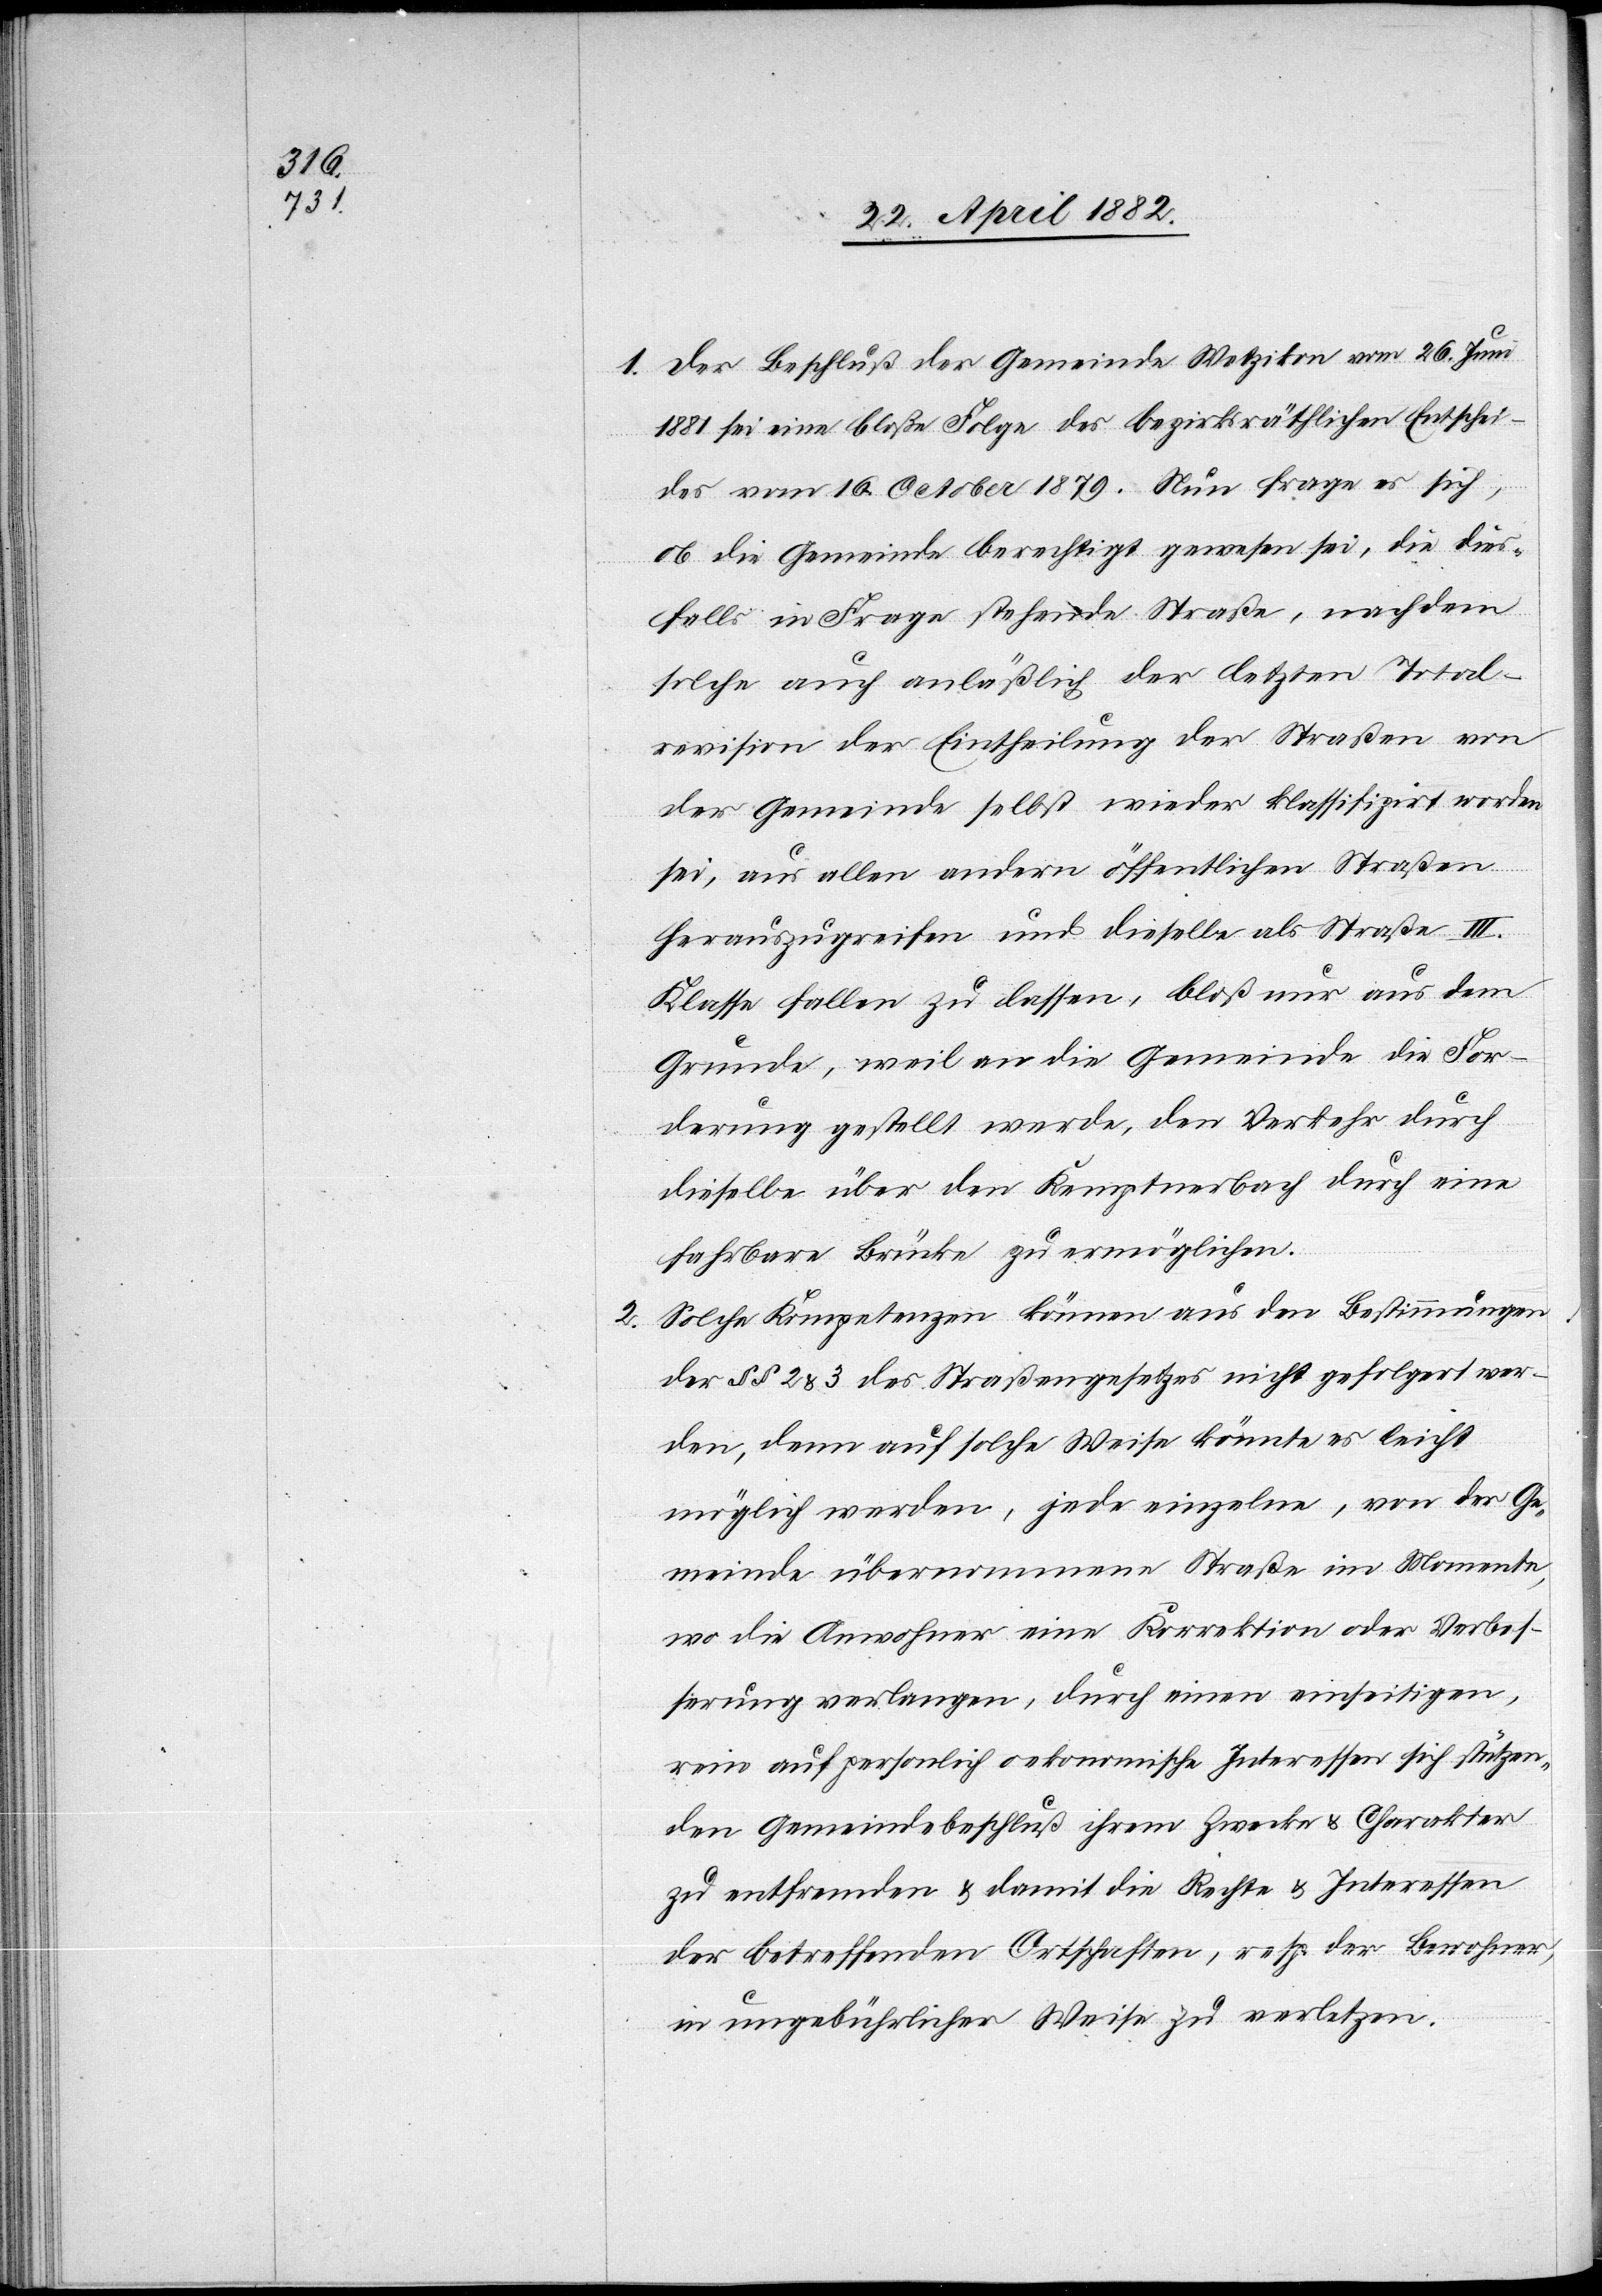
2.

1. Der Beschluß der Gemeinde Wetzikon vom 26. Juni
1881 sei eine bloße Folge des bezirksräthlichen Entschei¬
des vom 16. Oktober 1879. Nun frage es sich,
ob die Gemeinde berechtigt gewesen sei, die dies¬
falls in Frage stehende Straße, nachdem
solche auch anläßlich der letzten Total¬
revision der Eintheilung der Straßen von
der Gemeinde selbst wieder klassifizirt worden
*
sei, aus allen andern öffentlichen Straßen
herauszugreifen und dieselbe als Straße III.
Klasse fallen zu lassen, bloß nur aus dem
Grunde, weil an die Gemeinde die For¬
derung gestellt werde, den Verkehr durch
dieselbe über den Kemptnerbach durch eine
fahrbare Brücke zu ermöglichen.
Solche Kompetenzen können aus den Bestimmungen
der §§ 2 & 3 des Straßengesetzes nicht gefolgert wer¬
den, denn auf solche Weise könnte es leicht
möglich werden, jede einzelne, von der Ge¬
meinde übernommene Straße im Momente,
wo die Anwohner eine Korrektion oder Verbes¬
serung verlangen, durch einen einseitigen,
rein auf personlich [sic!] oekonomische Interessen sich stützen¬
den Gemeindebeschluß ihrem Zwecke & Charakter
zu entfremden & damit die Rechte & Interessen
der betreffenden Ortschaften, resp. der Bewohner,
in ungebührlicher Weise zu verletzen.